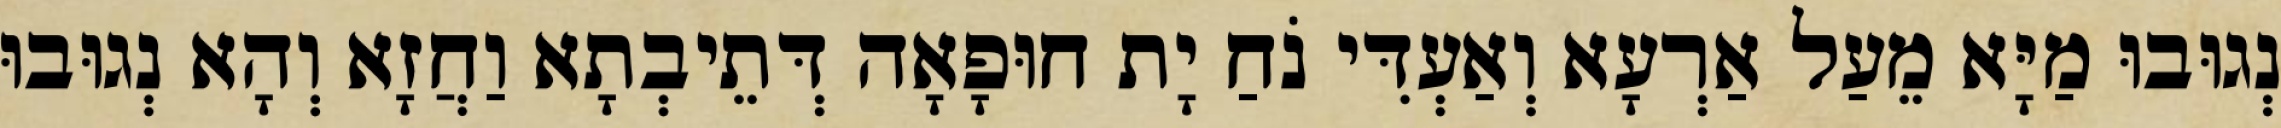
נְגוּבוּ מַיָּא מֵעַל אַרְעָא וְאַעְדִּי נֹחַ יָת חוּפָאָה דְּתֵיבְתָא וַחֲזָא וְהָא נְגוּבוּ